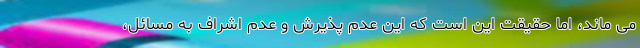
می ماند، اما حقیقت این است که این عدم پذیرش و عدم اشراف به مسائل،